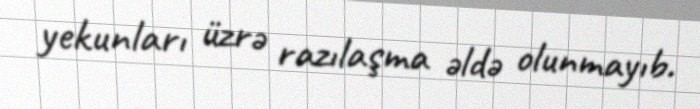
yekunları üzrə razılaşma əldə olunmayıb.